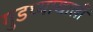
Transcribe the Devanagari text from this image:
गुडघ्याखालीं